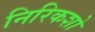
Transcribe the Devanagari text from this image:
निरिकशो